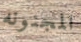
المجنونه